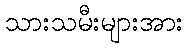
သားသမီးများအား